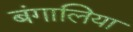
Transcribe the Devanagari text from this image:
बंगालिया